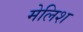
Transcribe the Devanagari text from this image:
मेलिश